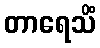
တာရေသိံ